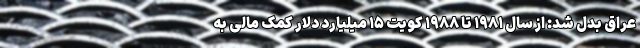
عراق بدل شد: از سال ۱۹۸۱ تا ۱۹۸۸ کویت ۱۵ میلیارد دلار کمک مالی به